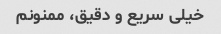
خیلی سریع و دقیق، ممنونم